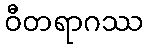
ဝီတရာဂဿ